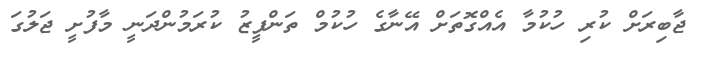
ޖާބިރަށް ކުރި ހުކުމާ އެއްގޮތަށް އޭނާގެ ހުކުމް ތަންފީޒު ކުރަމުންދަނީ މާފުށީ ޖަލުގަ